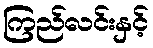
ကြည်လင်းနှင့်